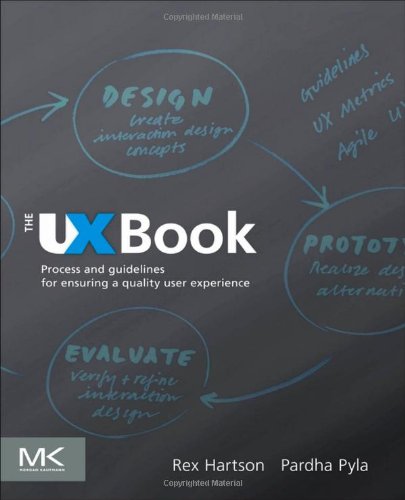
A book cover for The UX Book: Process and Guidelines for Ensuring a Quality User Experience; Rex Hartson; Computers & Technology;